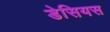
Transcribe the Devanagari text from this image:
डेसियस